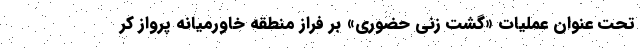
تحت عنوان عملیات «گشت زنی حضوری» بر فراز منطقه خاورمیانه پرواز کر